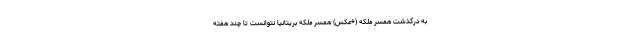
به درگذشت همسر ملکه (+عکس) همسر ملکه بریتانیا نتوانست تا چند هفته